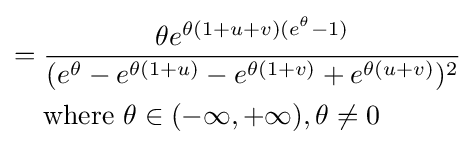
{\begin{aligned}={}&{\frac {\theta e^{\theta (1+u+v)(e^{\theta }-1)}}{(e^{\theta }-e^{\theta (1+u)}-e^{\theta (1+v)}+e^{\theta (u+v)})^{2}}}\\&{\text{where }}\theta \in (-\infty ,+\infty ),\theta \neq 0\end{aligned}}